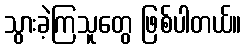
သွားခဲ့ကြသူတွေ ဖြစ်ပါတယ်။